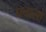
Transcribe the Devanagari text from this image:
पचासो